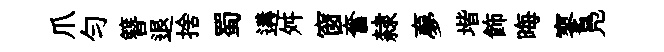
爪匀簪退捨蜀遘舛窗奮隸夣堦飾晦寥鳬